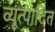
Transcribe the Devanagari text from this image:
व्यूत्पादित